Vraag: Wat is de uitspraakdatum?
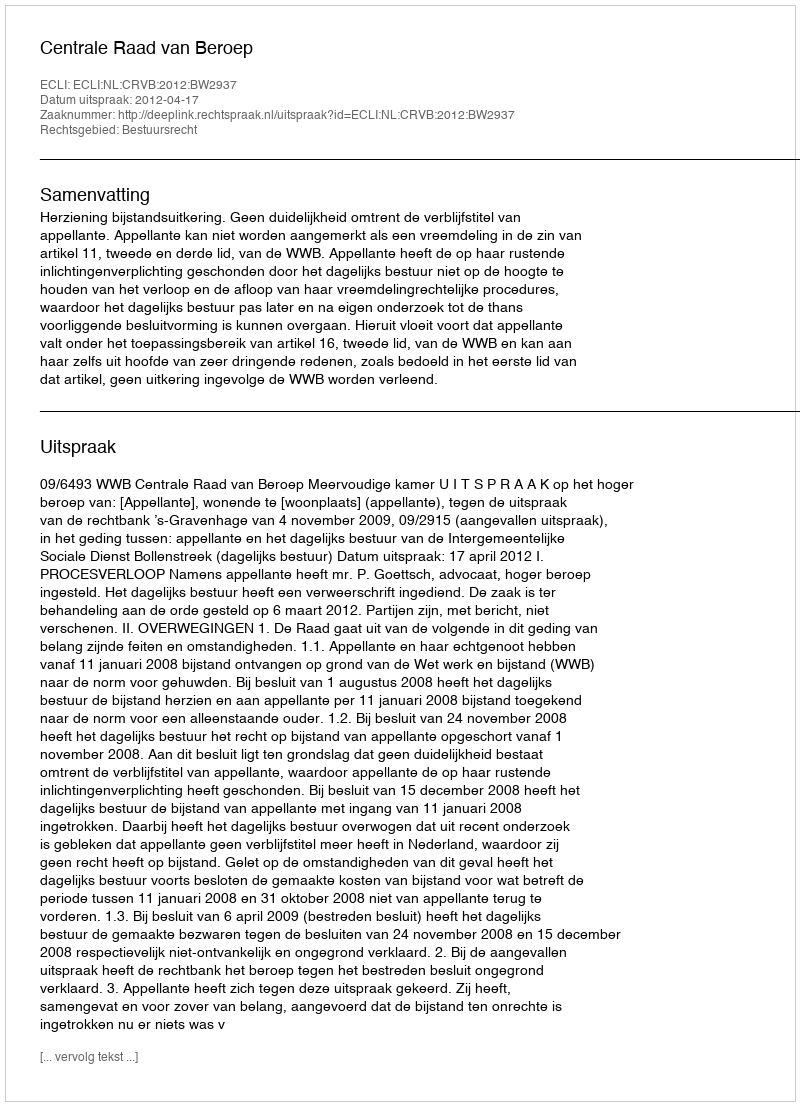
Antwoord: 2012-04-17